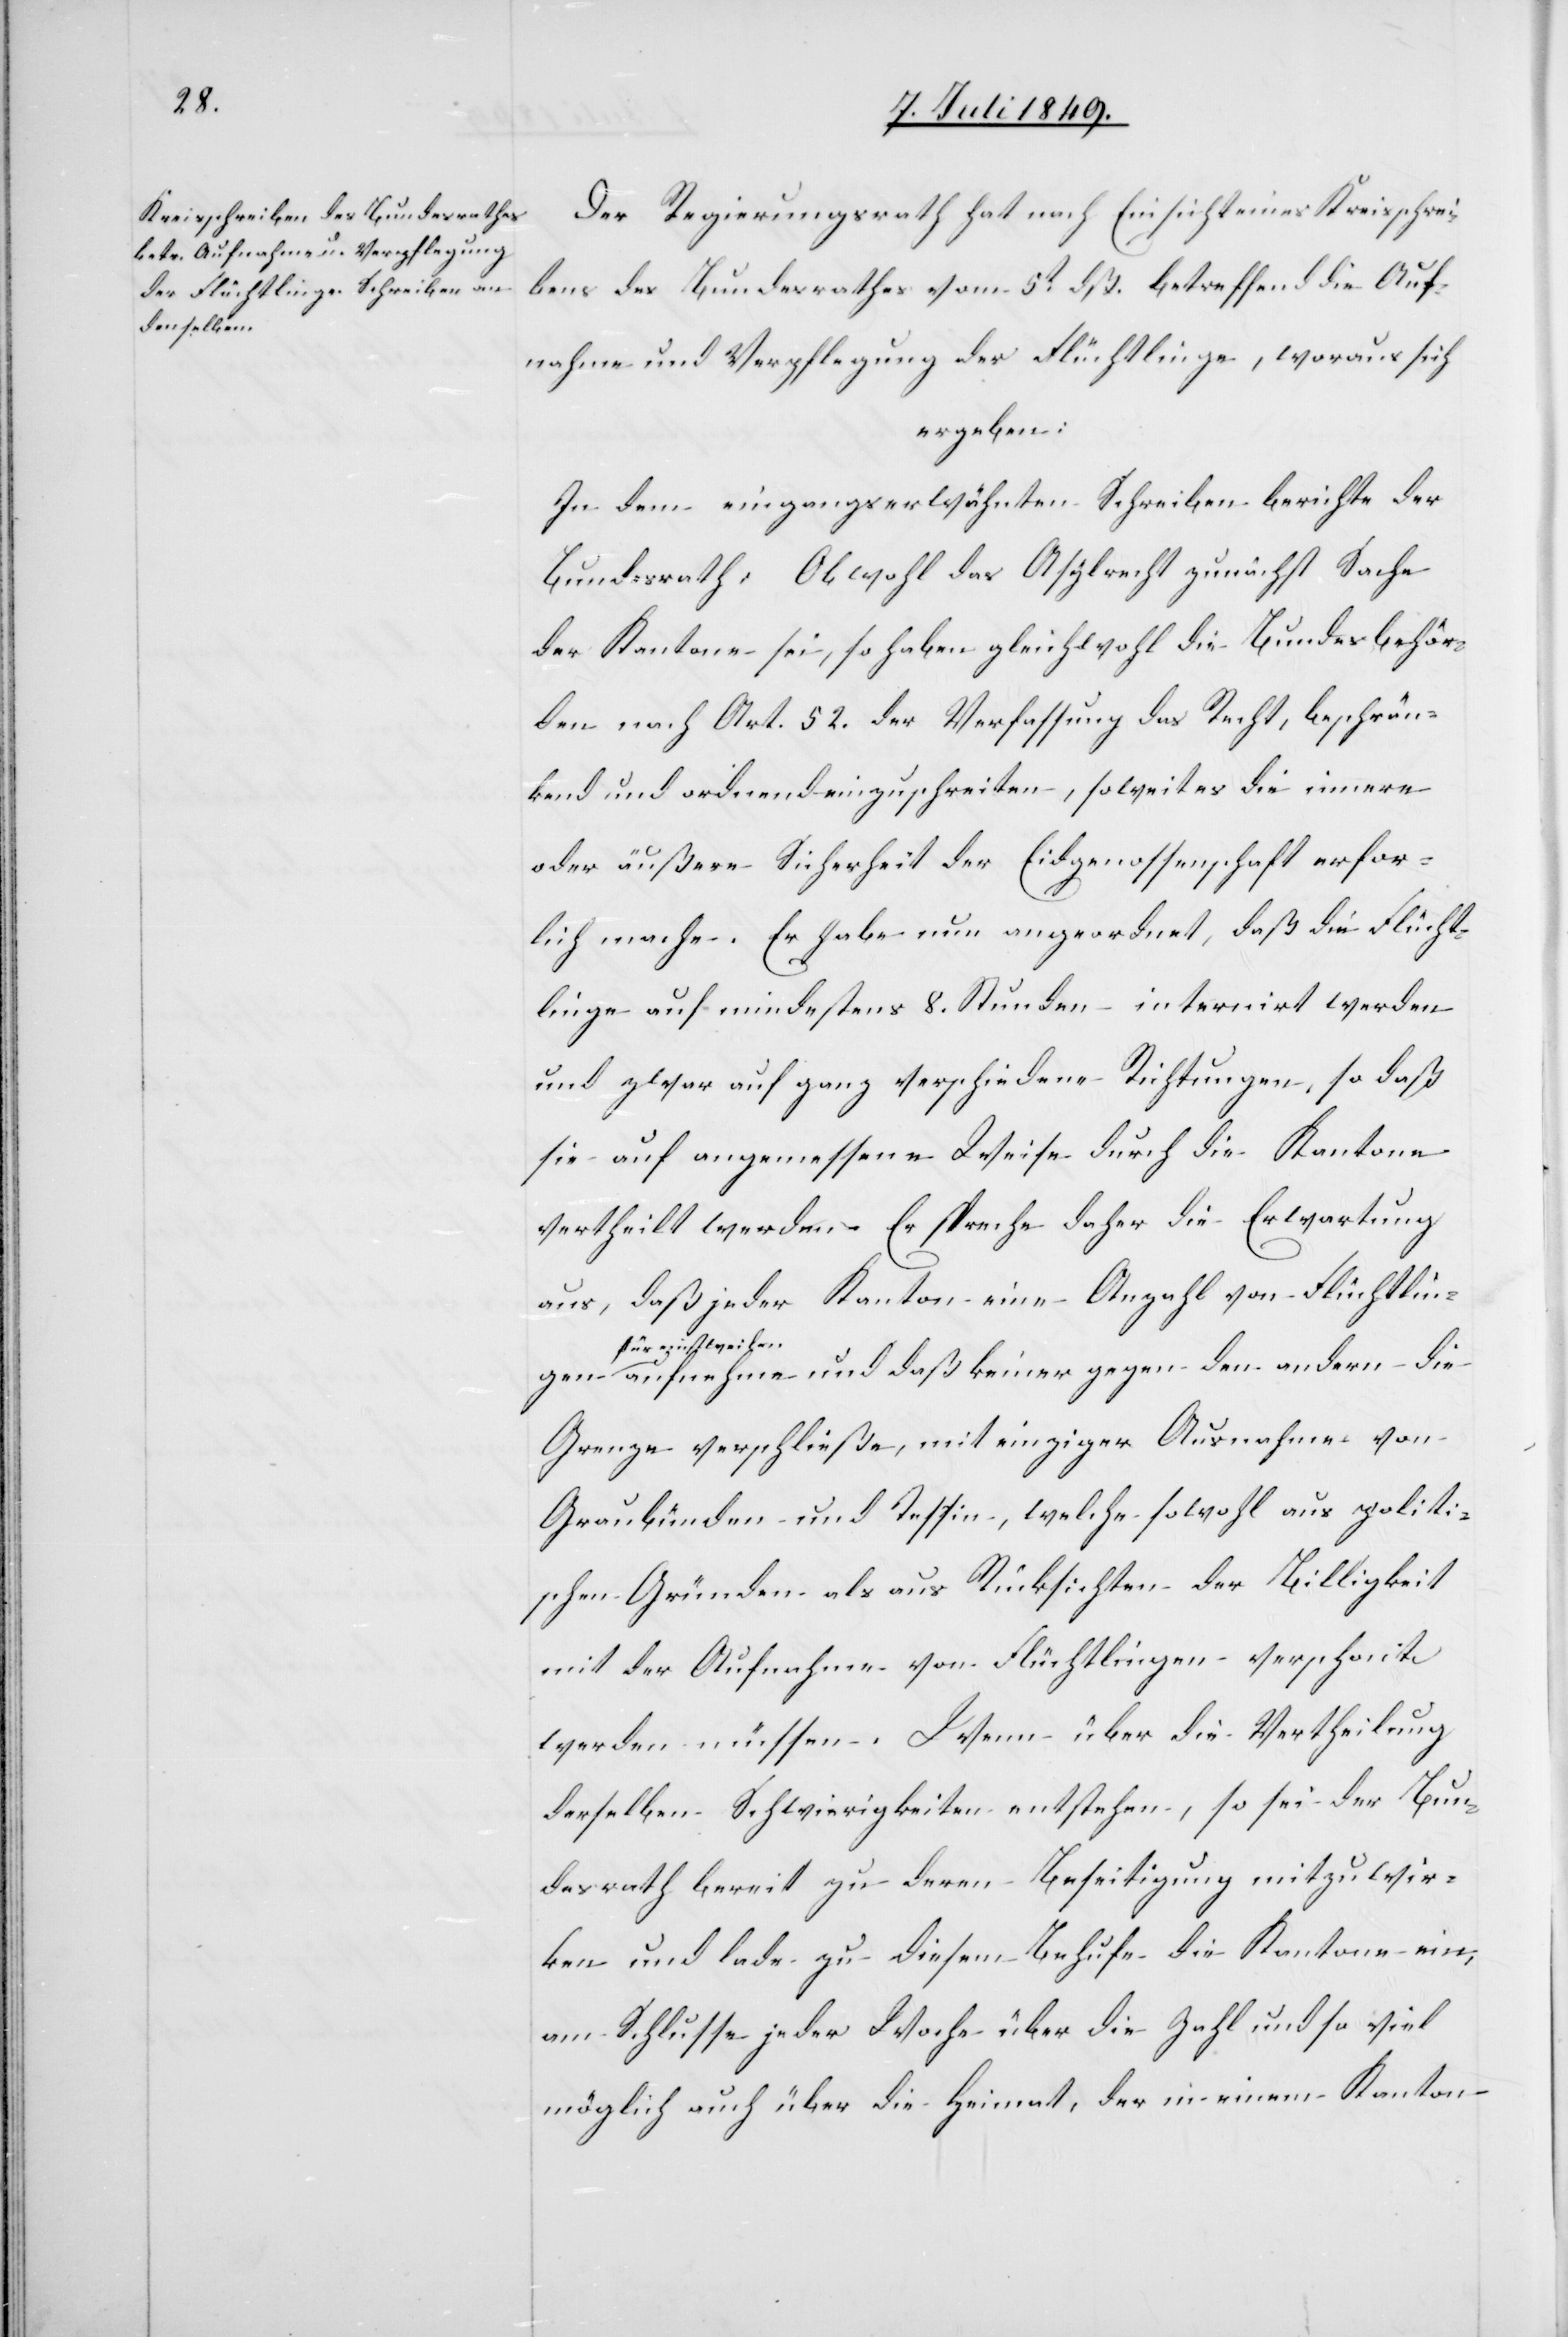
Der Regierungsrath hat nach Einsicht eines Kreisschrei¬
bens des Bundesrathes vom 5t dß. betreffend die Auf¬
nahme und Verpflegung der Flüchtlinge, woraus sich
ergeben:
In dem eingangserwähnten Schreiben berichte der
Bundesrath: Obwohl das Asylrecht zunächst Sache
der Kantone sei, so haben gleichwohl die Bundesbehör¬
den nach Art. 52. der Verfassung das Recht, beschrän¬
kend und ordnend einzuschreiten, soweit es die innere
oder äußere Sicherheit der Eidgenossenschaft erfor[de¬
r]lich mache. Er habe nun angeordnet, daß die Flücht¬
linge auf mindestens 8. Stunden – internirt werden
und zwar auf ganz verschiedene Richtungen, so daß
sie auf angemessene Weise durch die Kantone
vertheilt werden. Er spreche daher die Erwartung
aus, daß jeder Kanton eine Anzahl von Flüchtlingen
a-für einstweile¬
n-a aufnehme und daß keiner gegen den andern die
Grenze verschließe, mit einziger Ausnahme von
mit der Aufnahme von Flüchtlingen verschont
werden müssen. Wenn über die Vertheilung
derselben Schwierigkeiten entstehen, so sei der Bun¬
desrath bereit zu deren Beseitigung mitzuwir¬
ken und lade zu diesem Behufe die Kantone ein,
am Schlusse jeder Woche über die Zahl und so viel
möglich auch über die Heimat, der in einem Kanton